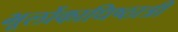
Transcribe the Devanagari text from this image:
भूर्लोकाधिष्ठात्रीं